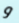
و